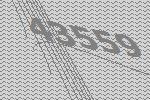
43559